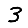
Digit: 3